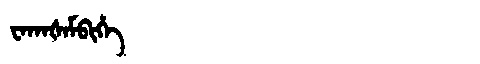
Manchu: ᠸᠠᡴᠠᡧᠠᠮᠪᡳᡥᡝ
Romanization: WAKAŠAMBIHE